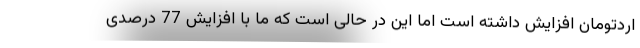
اردتومان افزایش داشته است اما این در حالی است که ما با افزایش 77 درصدی